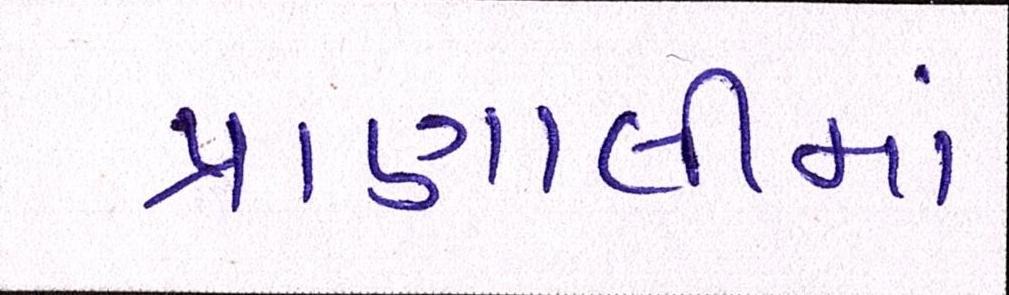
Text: પ્રણાલીમાં